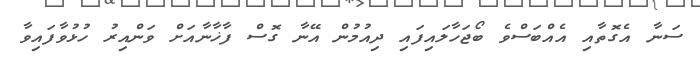
ސަނާ އެގޮތާއި އެއްބަސްވެ ބޯޖަހާލައިފައި ދިއުމުން އޭނާ ގޮސް ފާޚާނާއަށް ވަންއިރު ހުޅުވާފައިވާ